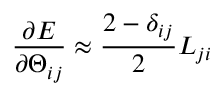
\frac { \partial E } { \partial \Theta _ { i j } } \approx \frac { 2 - \delta _ { i j } } { 2 } L _ { j i }